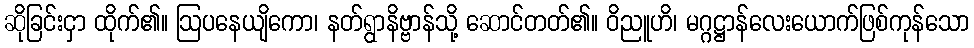
ဆိုခြင်းငှာ ထိုက်၏။ ဩပနေယျိကော၊ နတ်ရွာနိဗ္ဗာန်သို့ ဆောင်တတ်၏။ ဝိညူဟိ၊ မဂ္ဂဋ္ဌာန်လေးယောက်ဖြစ်ကုန်သော